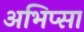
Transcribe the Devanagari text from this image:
अभिप्सा